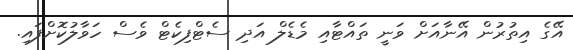
އޭގެ އިތުރުން އޭނާއަށް ވަނީ ތައްޓާއި މެޑެލް އަދި ސެޓްފިކެޓް ވެސް ހަވާލުކޮށްފައި.